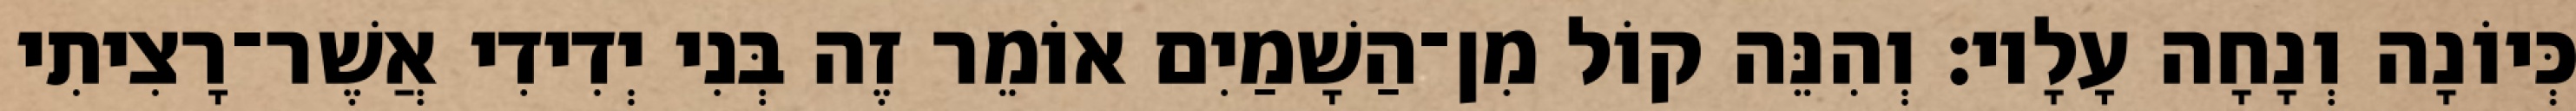
כְּיוֹנָה וְנָחָה עָלָיו׃ וְהִנֵּה קוֹל מִן־הַשָׁמַיִם אוֹמֵר זֶה בְּנִי יְדִידִי אֲשֶׁר־רָצִיתִי